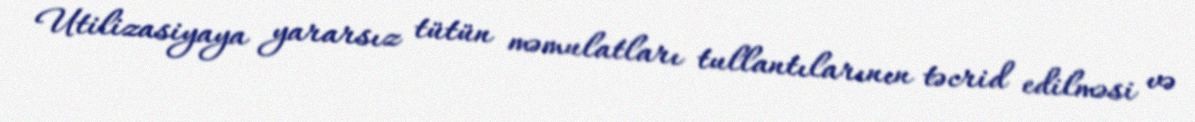
Utilizasiyaya yararsız tütün məmulatları tullantılarının təcrid edilməsi və